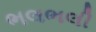
ભલભલી